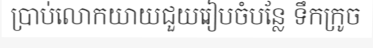
ប្រាប់លោកយាយជួយរៀបចំបន្លែ ទឹកក្រូច